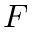
F